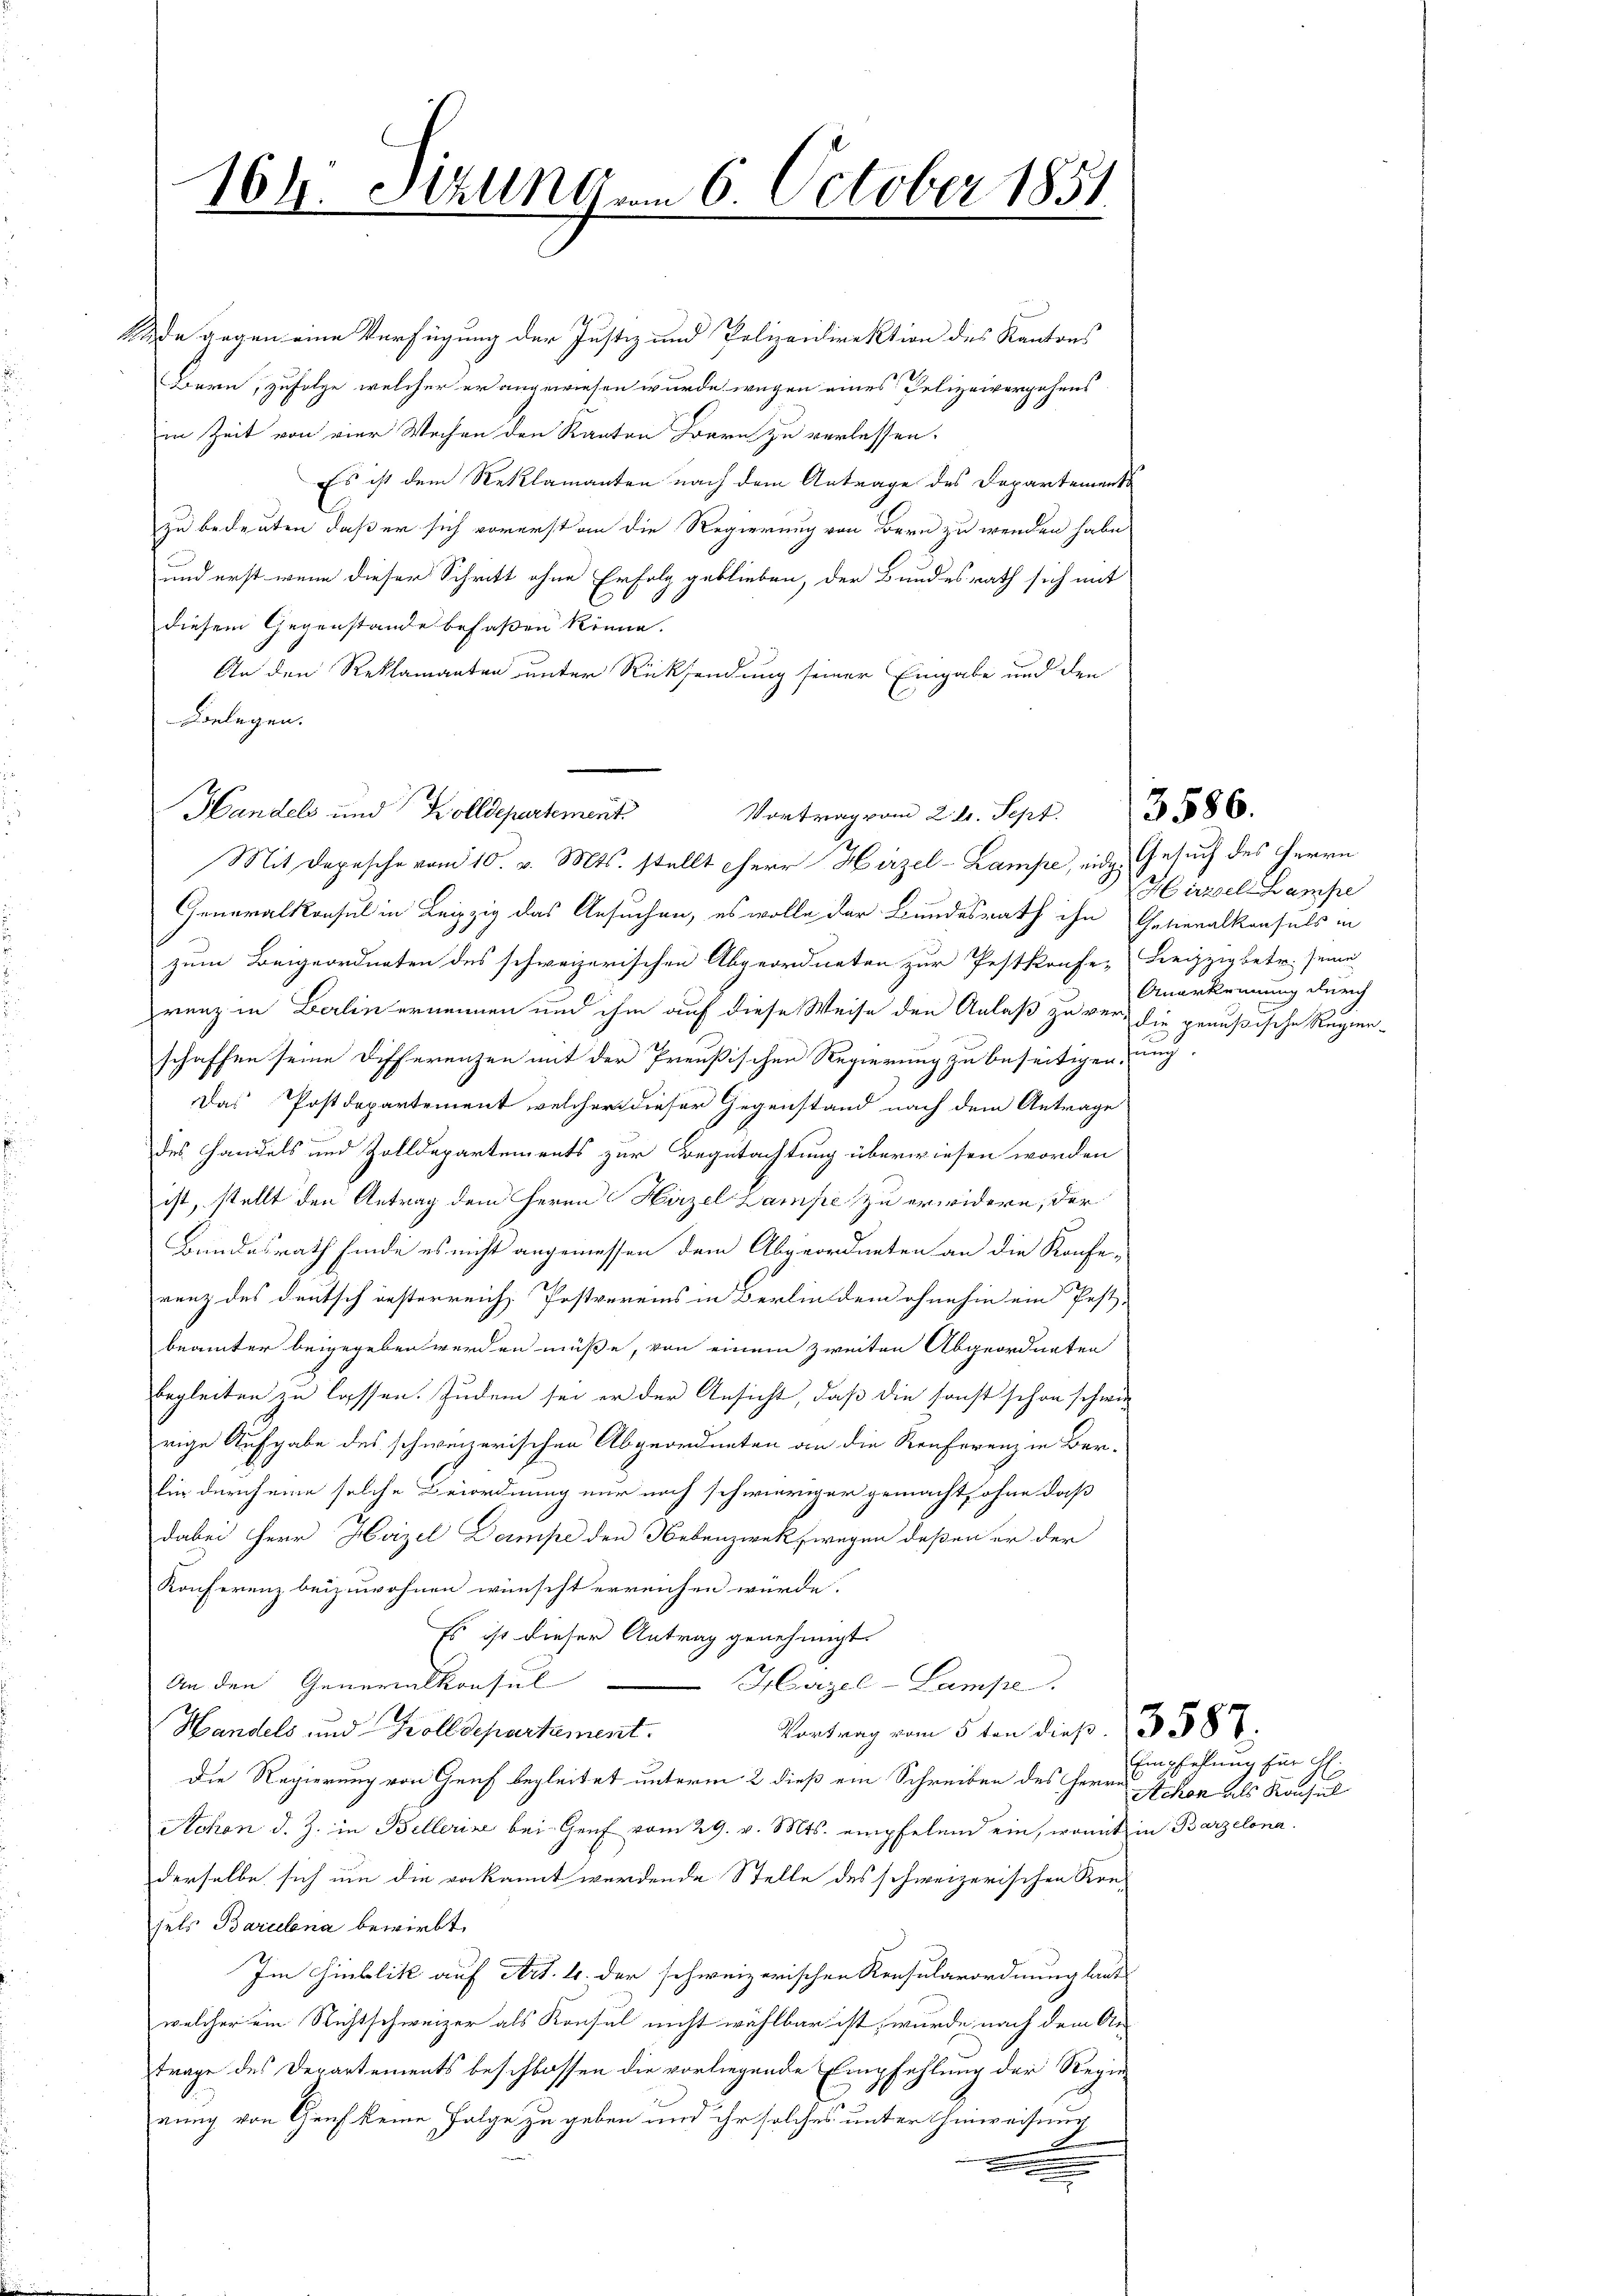
Rede gegen eine Verfügung der Justiz und Polizeidirektion des Kantons
Bern, zufolge, welcher er angewiesen wurde wegen eines Polizeivergehens
in Zeit von vier Wochen den Ranton Bern zu verlassen.
Es ist dem Reklamanten nach dem Antrage des Departements
zu bedeuten, daß er sich vorerst an die Regierung von Bern zu wenden habe
und erst wenn dieser Schritt ohne Erfolg geblieben, der Bundesrath sich mit
diesem Gegenstände befaßen könne.
An den Reklamanten unter Rücksendung seiner Eingabe und den
Belegen.

164. Sitzung vom 6. October 1851

Handels und Zolldepartement
Vortrag vom 2. l. Sept.

Mit Depesche vom 10. v. Mts. stellt Herr Hirzel-Lampe, eidg. Gesuch des Herrn
Generalkonsul in Leipzig das Ansuchen, es wolle der Bundesrath ihn Gelieralkonsuls in
zum Beigeordneten des schweizerischen Abgeordneten zur Pestkonfe- Leipzig betr. seine
renz in Balin ernennen und ihm auf diese Weise den Anlaß zu ver- die genußische Regien-
schaffen seine Differenzen mit der Preußischen Regierung zu beseitigen ung.
Das Postdepartement welcher dieser Gegenstand nach dem Antrage
des Handels und Zolldepartements zur Begutachtung überwiesen worden
ist, stellt den Antrag dem Herrn Hirzel Lampe zu erwidern, der
Bundesrath finde es nicht angemessen dem Abgeordneten an die Konfe-
renz des deutsch insterreich, Postvereins in Berlin dem ohnehin ein Pest-
beämter beigegeben werden müße, von einem zweiten Abgeordneten
begleiten zu lassen. Zudem sei er der Ansicht, daß die sonst schon schwer
rige Aufgabe des schweizerischen Abgeordneten an die Konferenz in Ber-
für durch eine solche Beiordnung nur noch schwieriger gemacht, ohne daß
dabei Herr Hozel Dampe den Nebenzwekfwegen deßen er der
Konferenz beizuwohnen wünscht erreichen würde.
Es ist dieser Antrag genehmigt.
An den Generalkonsul
Harzel-Lampe
Handels und Zolldepartement.
Vertrag vom 5 ten dieß. 3. 587.
Die Regierung von Genf begleitet unterm 2 dieß ein Schreiben des Herrn Achen als Konsul
Schon d. J. in Bellerine bei Genf vom 29. v. Mts. empfelend ein, womit in Barzelona.
derselbe sich um die gekannt werdende Stelle des schweizerischen Kon-
sels Barcelena bewirkt,
Im Hinblik auf Art. 4. der schweizerischen Rensularordnung laut
welcher ein Richtschweizer als Konsul nicht wählbar ist, wurde nach dem Ar-
trage des Departements beschlossen die vorliegende Empfehlung der Regie
rung von Genf keine Folge zu geben und ihr solches unter Hinweisung
x
.

3586.

Hirzel Lampe
Anerkennung durch

Empfehlung für Ch.